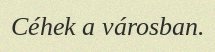
Céhek a városban.